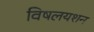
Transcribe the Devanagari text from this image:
विषलयशन